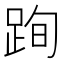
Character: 𨀴